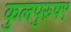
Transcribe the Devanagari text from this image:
कुलपुरुष९